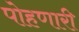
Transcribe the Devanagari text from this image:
पोहणारी